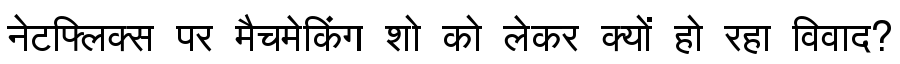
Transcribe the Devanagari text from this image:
नेटफ्लिक्स पर मैचमेकिंग शो को लेकर क्यों हो रहा विवाद?